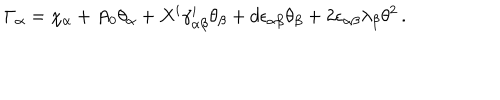
LaTeX: \Gamma _ { \alpha } = \chi _ { \alpha } + A _ { 0 } \theta _ { \alpha } + X ^ { i } \gamma _ { \alpha \beta } ^ { i } \theta _ { \beta } + d \epsilon _ { \alpha \beta } \theta _ { \beta } + 2 \epsilon _ { \alpha \beta } \lambda _ { \beta } \theta ^ { 2 } \, .